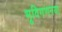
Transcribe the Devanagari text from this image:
भूविगणनया